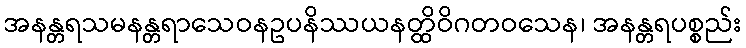
အနန္တရသမနန္တရာသေဝနဥပနိဿယနတ္ထိဝိဂတဝသေန၊ အနန္တရပစ္စည်း